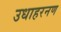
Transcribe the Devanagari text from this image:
उधाहरनण